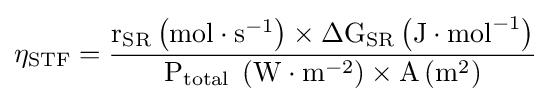
\eta _{\mathrm {STF} }={\frac {\mathrm {r} _{\mathrm {SR} }\left(\mathrm {mol} \cdot \mathrm {s} ^{-1}\right)\times \Delta \mathrm {G} _{\mathrm {SR} }\left(\mathrm {J} \cdot \mathrm {mol} ^{-1}\right)}{\mathrm {P} _{\text{total }}\left(\mathrm {W} \cdot \mathrm {m} ^{-2}\right)\times \mathrm {A} \left(\mathrm {m} ^{2}\right)}}